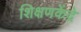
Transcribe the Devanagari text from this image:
शिक्षणकेंद्रे